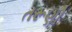
તરૂણી